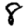
Digit: 8